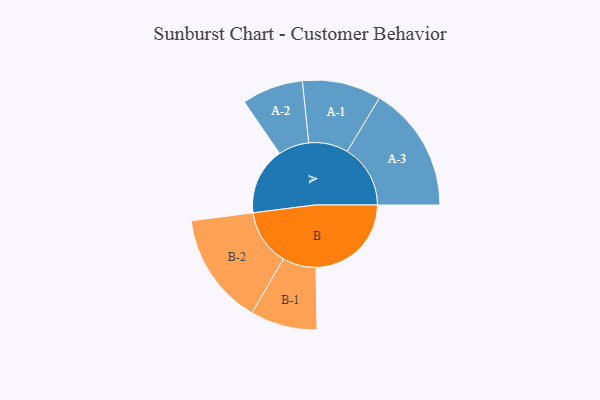
{"axis": {"x": "Segment", "y": "Value"}, "legend": ["", "A", "B"], "data": [{"x": "A", "y": 269, "type": ""}, {"x": "B", "y": 382, "type": ""}, {"x": "A-1", "y": 158, "type": "A"}, {"x": "A-2", "y": 123, "type": "A"}, {"x": "A-3", "y": 253, "type": "A"}, {"x": "B-1", "y": 134, "type": "B"}, {"x": "B-2", "y": 225, "type": "B"}]}